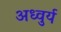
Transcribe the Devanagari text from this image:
अध्वुर्य